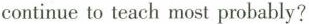
continue to teach most probably?